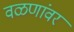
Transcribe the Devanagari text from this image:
वळणांवर